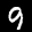
Label: 9